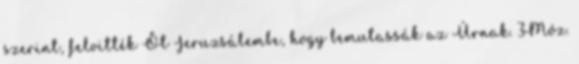
szerint, felvitték Őt Jeruzsálembe, hogy bemutassák az Úrnak. 3Móz.